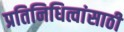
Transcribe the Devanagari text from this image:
प्रतिनिधित्वांसाठी